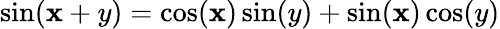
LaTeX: \sin(\mathbf{x}+y)=\cos(\mathbf{x})\sin(y)+\sin(\mathbf{x})\cos(y)